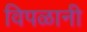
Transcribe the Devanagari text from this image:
विपळानी